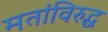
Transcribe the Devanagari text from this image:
मतांविरुद्ध